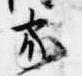
家